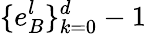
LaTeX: \{ e_{B}^{l}\} _{k=0}^{d}-1